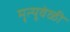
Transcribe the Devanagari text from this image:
मृत्यूवेळी